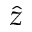
\hat { z }